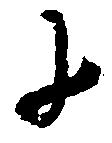
に